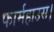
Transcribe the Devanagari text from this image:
फार्महाउस।